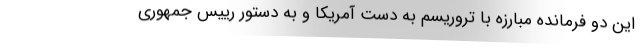
این دو فرمانده مبارزه با تروریسم به دست آمریکا و به دستور رییس جمهوری